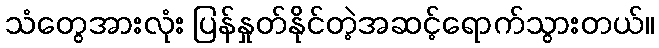
သံတွေအားလုံး ပြန်နှုတ်နိုင်တဲ့အဆင့်ရောက်သွားတယ်။